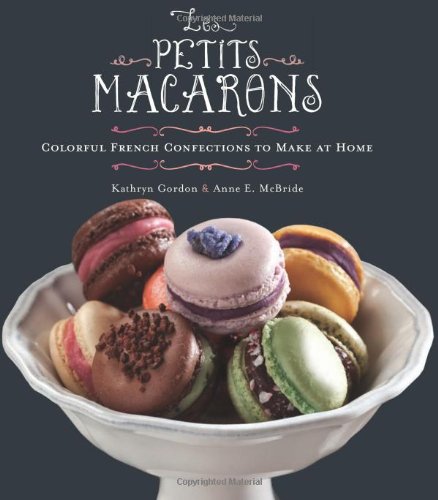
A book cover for Les Petits Macarons: Colorful French Confections to Make at Home; Kathryn Gordon; Cookbooks, Food & Wine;